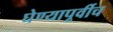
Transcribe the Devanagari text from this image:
घेण्यापूर्वीच